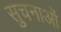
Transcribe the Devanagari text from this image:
सुचनाओं